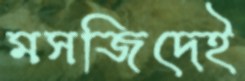
মসজিদেই